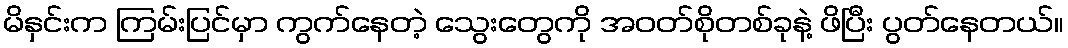
မိနှင်းက ကြမ်းပြင်မှာ ကွက်နေတဲ့ သွေးတွေကို အဝတ်စိုတစ်ခုနဲ့ ဖိပြီး ပွတ်နေတယ်။